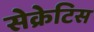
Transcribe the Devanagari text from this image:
सेक्रेटिस